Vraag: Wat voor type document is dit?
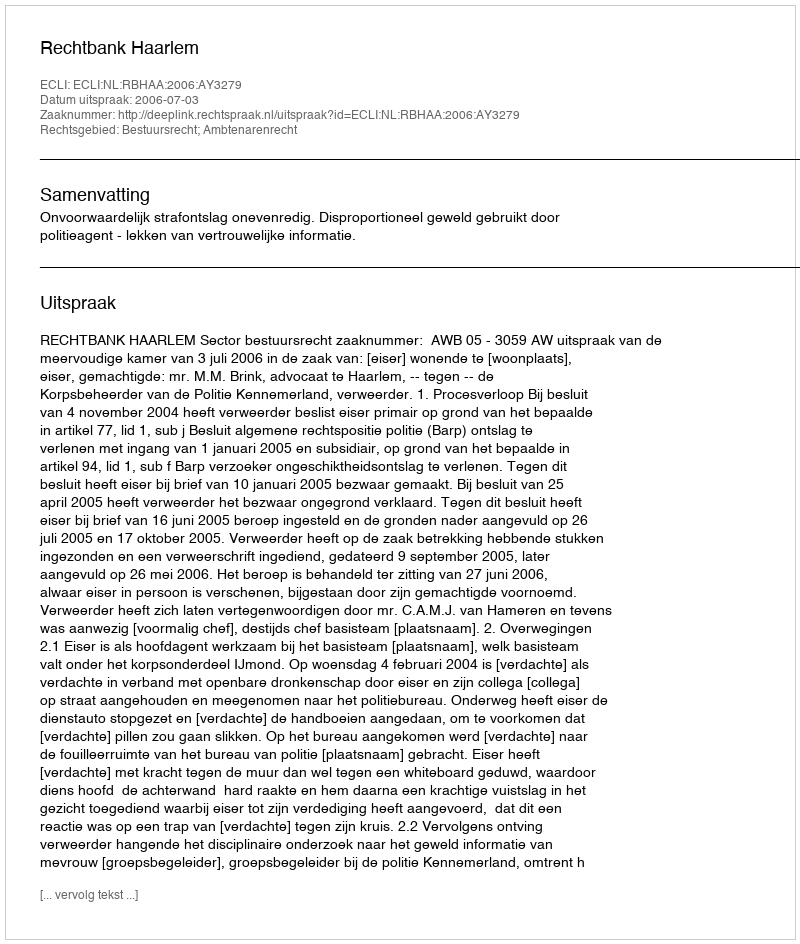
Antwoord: Uitspraak